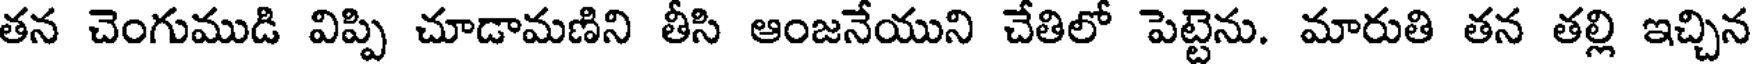
తన చెంగుముడి విప్పి చూడామణిని తీసి ఆంజనేయుని చేతిలో పెట్టెను. మారుతి తన తల్లి ఇచ్చిన